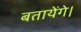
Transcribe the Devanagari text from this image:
बतायेंगे।